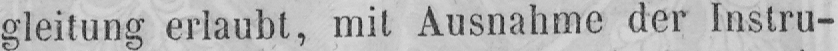
gleitung erlaubt, mit Ausnahme der Instru-